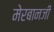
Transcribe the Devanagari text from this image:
मेरबानजी